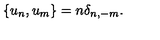
\{ u _ { n } , u _ { m } \} = n \delta _ { n , - m } .